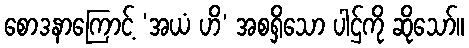
စောဒနာကြောင့် ‘အယံ ဟိ’ အစရှိသော ပါဌ်ကို ဆိုသော်။